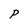
Character: P